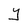
Character: Y